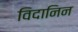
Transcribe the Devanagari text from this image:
विदानिन